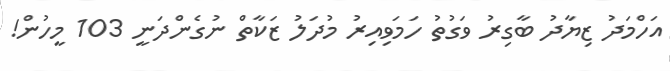
އަހްމަދު ޒިޔާދު ބާގިރު ވަގުތު ހަމަވިއިރު މުދަލު ޒަކާތް ނުގެންދަނީ 103 މީހުން!